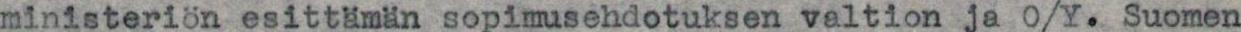
ministeriön esittämän sopimusehdotuksen valtion ja O/Y. Suomen